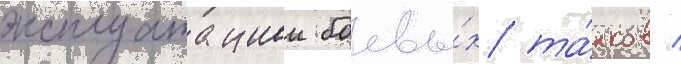
эксплуатациеи боевы́х та́нков /